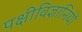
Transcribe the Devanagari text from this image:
पक्षीविज्ञानियों